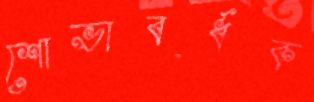
শোভাবর্ধক